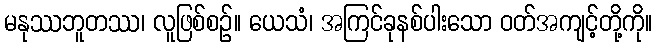
မနုဿဘူတဿ၊ လူဖြစ်စဉ်။ ယေသံ၊ အကြင်ခုနစ်ပါးသော ဝတ်အကျင့်တို့ကို။